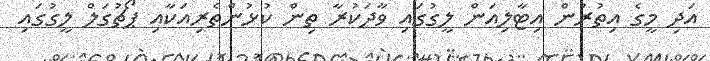
އަދި މީގެ އިތުރުން އިޓާލިއަން ލީގުގައި ވާދަކުރާ ތިން ކުޅުންތެރިއަކާއި ޕޯޗުގަލް ލީގުގައި